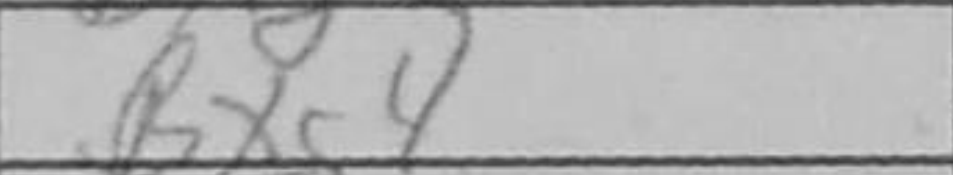
Transcription: Bxg4